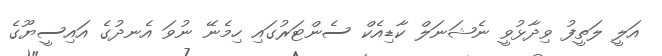
އަލީ ލަތީފު ވިދާޅުވީ ނެޝަނަލް ކާޑިއެކް ސެންޓަރުގައި ހިމެނޭ ނުވަ އެނދުގެ އައިސީޔޫގެ